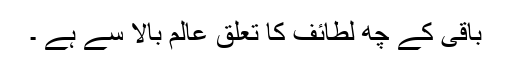
باقی کے چھ لطائف کا تعلق عالم بالا سے ہے ۔